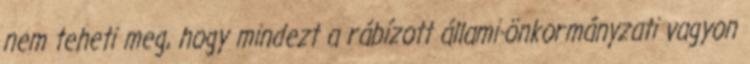
nem teheti meg, hogy mindezt a rábízott állami-önkormányzati vagyon